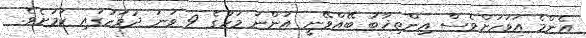
އެންމެ އަވަހަށްވެސް އިންތިޚާބު ބޭއްވޭނީ އަންނަ މަހުގެ 9 ވަނަ ދުވަހުގައި ކަމަށެވެ.